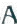
A